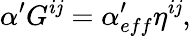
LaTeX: \alpha^{\prime}G^{i\mathit{j}}=\alpha_{eff}^{\prime}\eta^{i\mathit{j}},